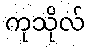
ကုသိုလ်